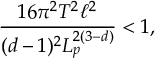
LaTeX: \frac { 1 6 \pi ^ { 2 } T ^ { 2 } \ell ^ { 2 } } { ( d - 1 ) ^ { 2 } L _ { p } ^ { 2 ( 3 - d ) } } < 1 ,